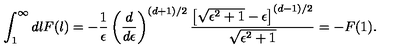
\int _ { 1 } ^ { \infty } d l F ( l ) = - { \frac { 1 } { \epsilon } } \left( \frac { d } { d \epsilon } \right) ^ { ( d + 1 ) / 2 } { \frac { \left[ \sqrt { \epsilon ^ { 2 } + 1 } - \epsilon \right] ^ { ( d - 1 ) / 2 } } { \sqrt { \epsilon ^ { 2 } + 1 } } } = - F ( 1 ) .